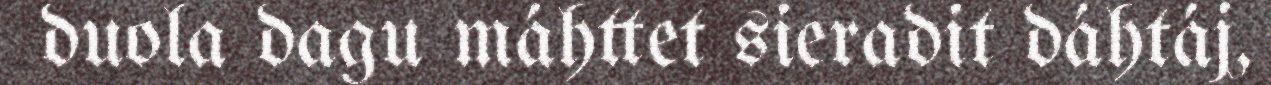
duola dagu máhttet sieradit dáhtáj,